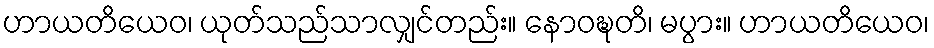
ဟာယတိယေဝ၊ ယုတ်သည်သာလျှင်တည်း။ နောဝဍ္ဎတိ၊ မပွား။ ဟာယတိယေဝ၊